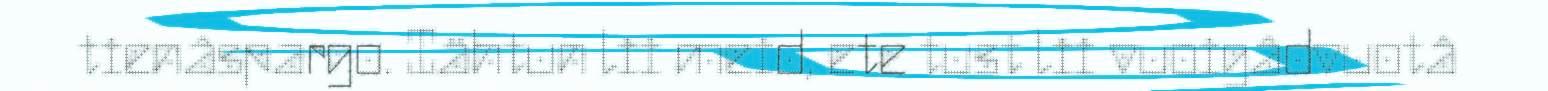
tienâspargo. Iähtun lii meid, ete tust lii vuoigâdvuotâ